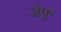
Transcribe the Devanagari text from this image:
जेफू